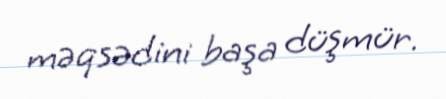
məqsədini başa düşmür.